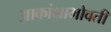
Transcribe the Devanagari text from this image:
आकांक्षाभोवती